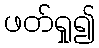
ဖတ်ရှု၍